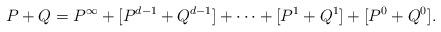
LaTeX: \begin{align*}P+Q=P^{\infty}+[P^{d-1}+Q^{d-1}]+\cdots+[P^{1}+ Q^{1}]+[P^{0}+Q^{0}].\end{align*}